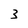
Character: 3